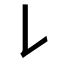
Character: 𠄌